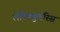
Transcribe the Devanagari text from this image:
लेंटिक्युलॅरिस